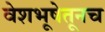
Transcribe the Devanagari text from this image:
वेशभूषेतूनच